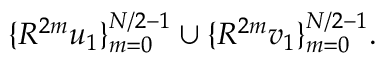
\{ R ^ { 2 m } u _ { 1 } \} _ { m = 0 } ^ { N / 2 - 1 } \cup \{ R ^ { 2 m } v _ { 1 } \} _ { m = 0 } ^ { N / 2 - 1 } .